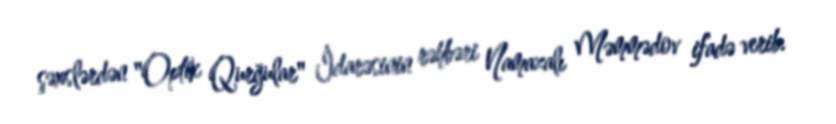
şəxslərdən "Optik Qurğular" İdarəsinin rəhbəri Namazalı Məmmədov ifadə verib.